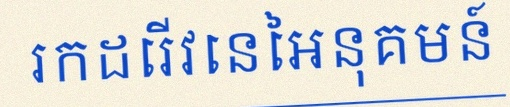
រកដេរីវេនៃអនុគមន៍